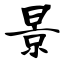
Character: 景